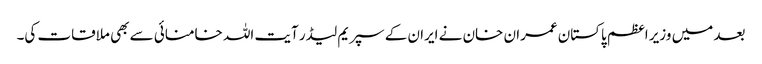
بعد میں وزیر اعظم پاکستان عمران خان نے ایران کے سپریم لیڈر آیت اللہ خامنائی سے بھی ملاقات کی۔